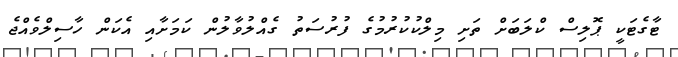
ޓާގެޓަކީ ޕޮލިސް ކްލަބަށް ތަށި މިލްކުކުރުމުގެ ފުރުސަތު ގެއްލުވާލުން ކަމަށާއި އެކަން ހާސިލްވެއްޖެ